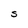
Character: S